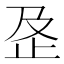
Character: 𰙟